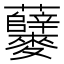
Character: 𪎃